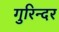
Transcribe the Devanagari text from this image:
गुरिन्दर